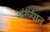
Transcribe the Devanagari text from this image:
अख्यात